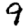
Digit: 9